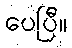
ပေပြီ။